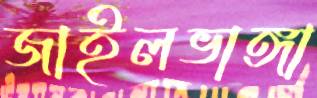
জাইলভাঙ্গা